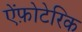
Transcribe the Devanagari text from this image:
ऐंफ़ोटेरिक